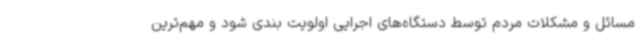
مسائل و مشکلات مردم توسط دستگاه‌های اجرایی اولویت بندی شود و مهم‌ترین